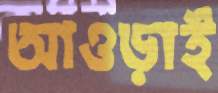
আওড়াই